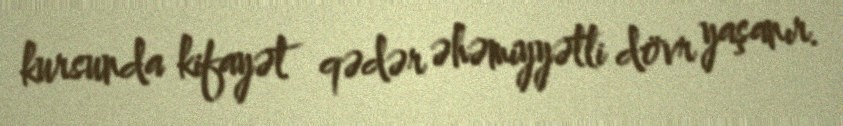
kursunda kifayət qədər əhəmiyyətli dövr yaşanır.